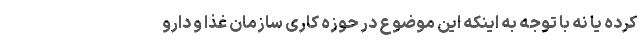
کرده یا نه با توجه به اینکه این موضوع در حوزه کاری سازمان غذا و دارو